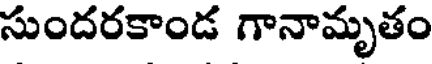
సుందరకాండ గానామృతం